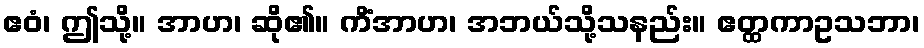
ဧဝံ၊ ဤသို့။ အာဟ၊ ဆို၏။ ကိံအာဟ၊ အဘယ်သို့သနည်း။ ဧတ္ထကာဥသဘာ၊